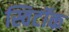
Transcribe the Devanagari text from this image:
स्विटॉक